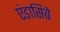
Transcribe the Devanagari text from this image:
एंडासिबे